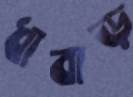
ধাবাড়